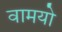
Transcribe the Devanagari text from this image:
वामयो